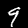
Digit: 9